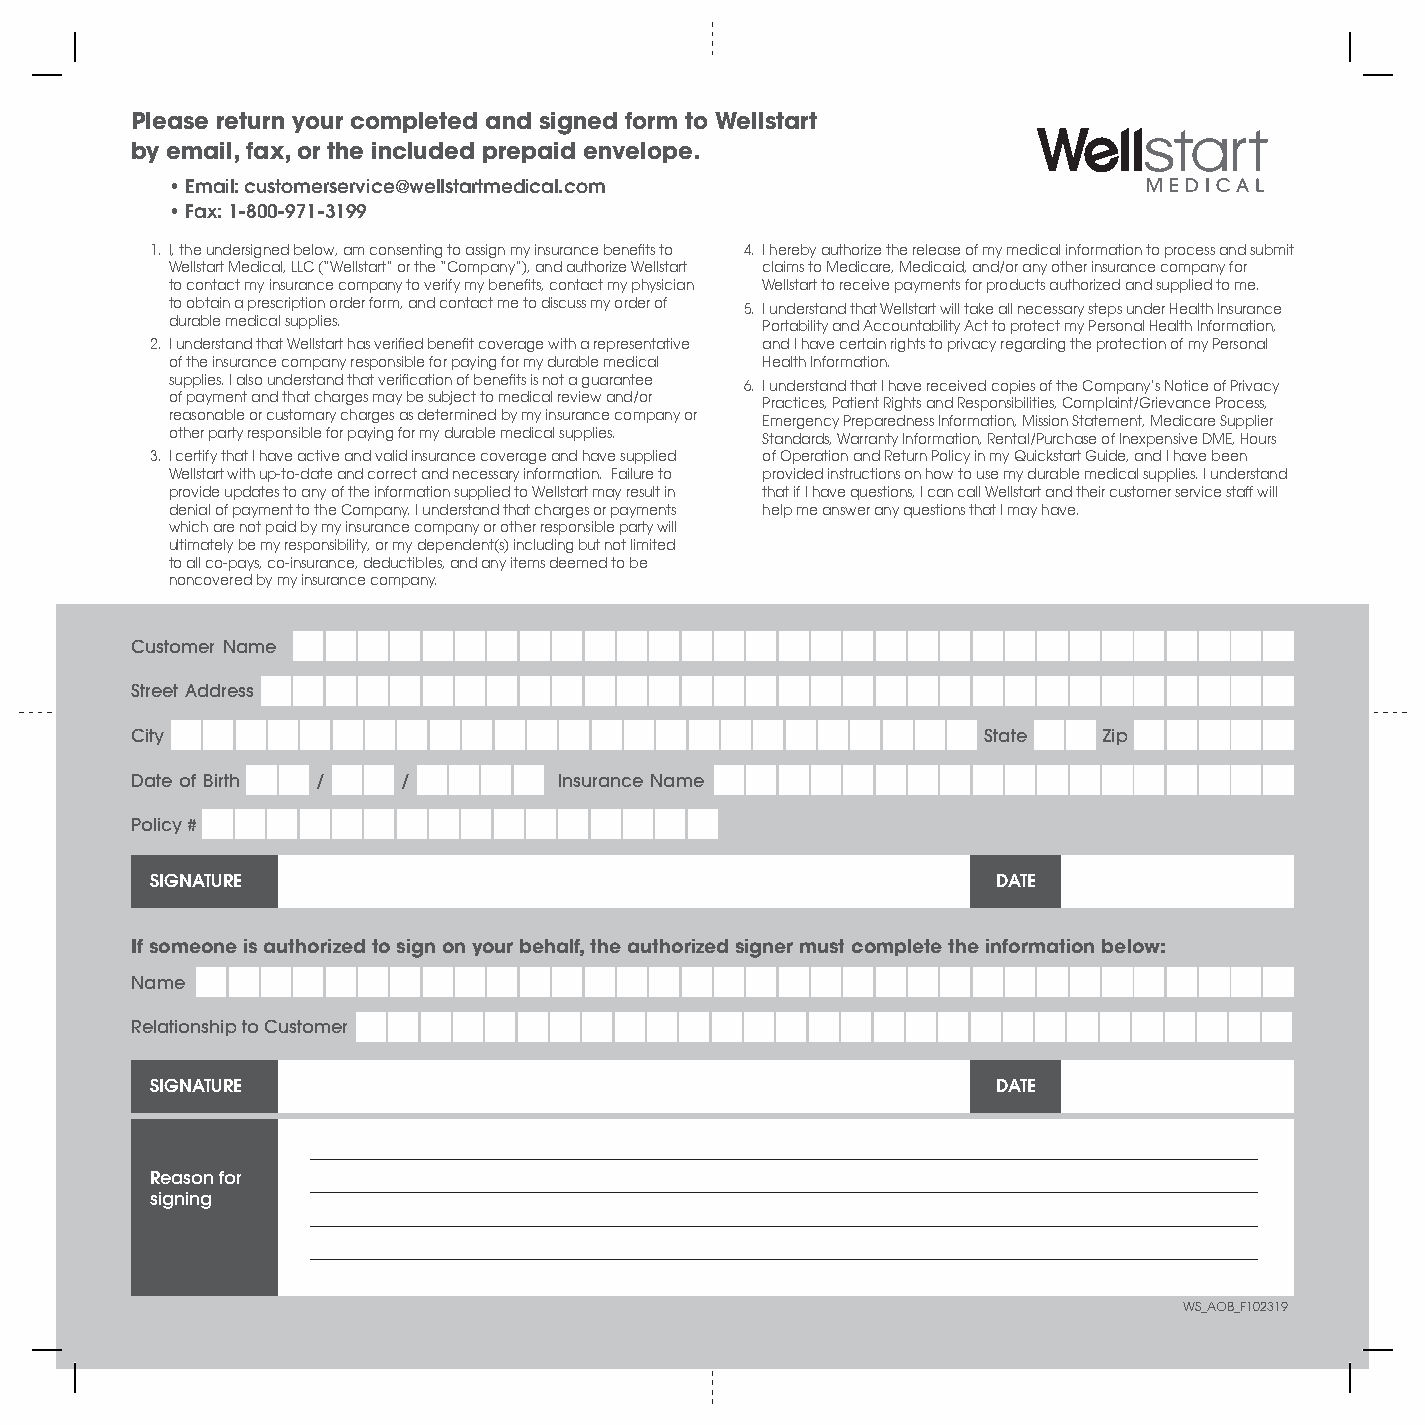
Please return your completed and signed form to Wellstart
 by email, fax, or the included prepaid envelope.
 • Email: customerservice@wellstartmedical.com
 • Fax: 1-800-971-3199
 1. I, the undersigned below, am consenting to assign my insurance benefits to 4. I hereby authorize the release of my medical information to process and submit
 Wellstart Medical, LLC (“Wellstart” or the “Company”), and authorize Wellstart claims to Medicare, Medicaid, and/or any other insurance company for
 to contact my insurance company to verify my benefits, contact my physician Wellstart to receive payments for products authorized and supplied to me.
 to obtain a prescription order form, and contact me to discuss my order of 5. I understand that Wellstart will take all necessary steps under Health Insurance
 durable medical supplies.              Portability and Accountability Act to protect my Personal Health Information,
 2. I understand that Wellstart has verified benefit coverage with a representative and I have certain rights to privacy regarding the protection of my Personal
 of the insurance company responsible for paying for my durable medical Health Information.
 supplies. I also understand that verification of benefits is not a guarantee 6. I understand that I have received copies of the Company’s Notice of Privacy
 of payment and that charges may be subject to medical review and/or Practices, Patient Rights and Responsibilities, Complaint/Grievance Process,
 reasonable or customary charges as determined by my insurance company or Emergency Preparedness Information, Mission Statement, Medicare Supplier
 other party responsible for paying for my durable medical supplies. Standards, Warranty Information, Rental/Purchase of Inexpensive DME, Hours
 3. I certify that I have active and valid insurance coverage and have supplied of Operation and Return Policy in my Quickstart Guide, and I have been
 Wellstart with up-to-date and correct and necessary information. Failure to provided instructions on how to use my durable medical supplies. I understand
 provide updates to any of the information supplied to Wellstart may result in that if I have questions, I can call Wellstart and their customer service staff will
 denial of payment to the Company. I understand that charges or payments help me answer any questions that I may have.
 which are not paid by my insurance company or other responsible party will
 ultimately be my responsibility, or my dependent(s) including but not limited
 to all co-pays, co-insurance, deductibles, and any items deemed to be
 noncovered by my insurance company.
 Customer Name
 Street Address
 City                                                    State   Zip
 Date of Birth /   /         Insurance Name
 Policy #
 SIGNATURE                                               DATE
 If someone is authorized to sign on your behalf, the authorized signer must complete the information below:
 Name
 Relationship to Customer
 SIGNATURE                                               DATE
 ___________________________________________________________________________________________________________
 Reason for
 ___________________________________________________________________________________________________________
 signing
 ___________________________________________________________________________________________________________
 ___________________________________________________________________________________________________________
 WS_AOB_F102319